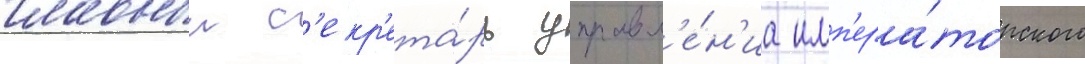
главныи с'екр'ета́рь управл'е́н'иа имп'ера́торского